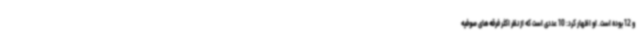
و 12 بوده است. او اظهار کرد: 10 عددی است که از نظر اکثر فرقه‌های صوفیه